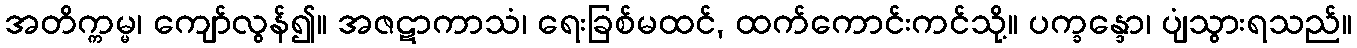
အတိက္ကမ္မ၊ ကျော်လွန်၍။ အဇဋာကာသံ၊ ရေးခြစ်မထင်, ထက်ကောင်းကင်သို့။ ပက္ခန္ဒော၊ ပျံသွားရသည်။